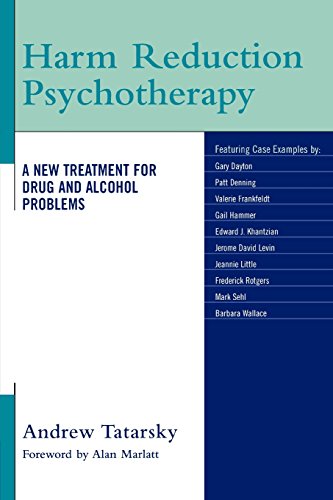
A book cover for Harm Reduction Psychotherapy: A New Treatment for Drug and Alcohol Problems; Medical Books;